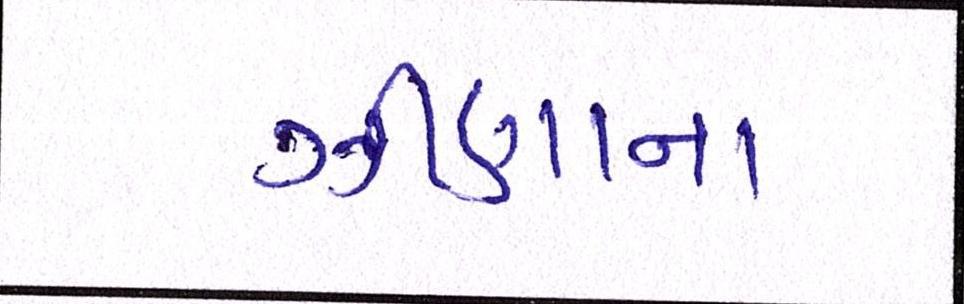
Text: ઝીણાના